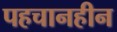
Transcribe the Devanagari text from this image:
पहचानहीन